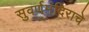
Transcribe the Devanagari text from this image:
सुवर्णमंदिराचे